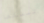
تمسكها